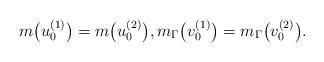
LaTeX: \begin{align*}m\bigl(u_{0}^{(1)}\bigr)=m\bigl(u_{0}^{(2)}\bigr), m_\Gamma\bigl(v_{0}^{(1)}\bigr)=m_\Gamma\bigl(v_{0}^{(2)}\bigr).\end{align*}